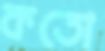
কতো